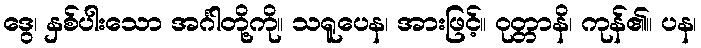
ဒွေ၊ နှစ်ပါးသော အင်္ဂါတို့ကို။ သရူပေန၊ အားဖြင့်။ ဝုတ္တာနိ၊ ကုန်၏။ ပန၊